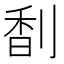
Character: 𠝲